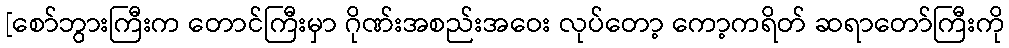
[စော်ဘွားကြီးက တောင်ကြီးမှာ ဂိုဏ်းအစည်းအဝေး လုပ်တော့ ကော့ကရိတ် ဆရာတော်ကြီးကို